Leaving Certificate Examination (including Day School Certificate (Higher) General paper), 1935
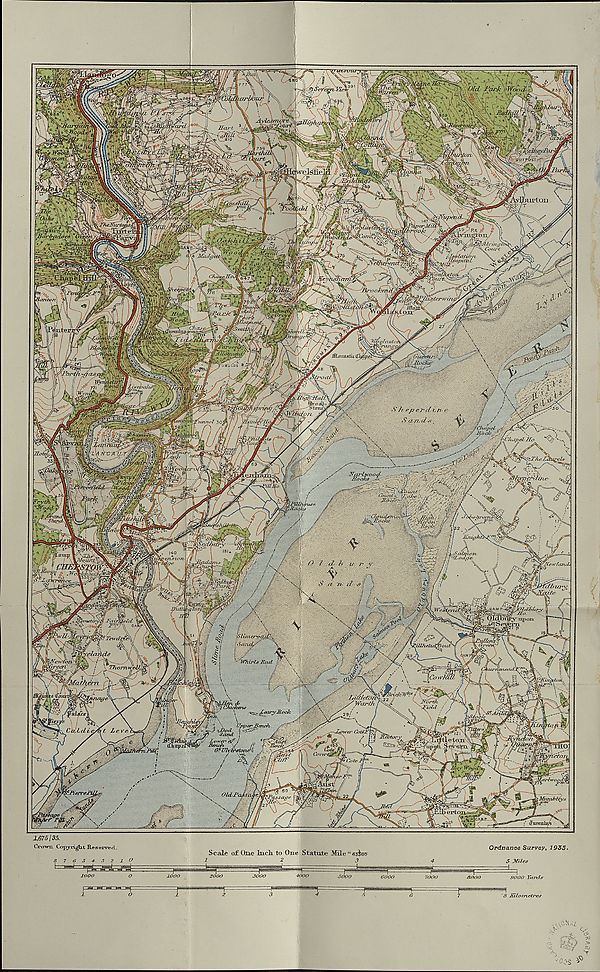
HIGHER GEOG.
(MAP.)
LEAVING CERTIFICATE EXAMINATION, 1935.
SOXB^TOJE
lIiailK It Gtt^.AJDE—
MAP
B’XLL THIS IN" BTRST
Name of School
Name of Pupil
TO BE PINNED INSIDE THE CANDIDATE’S BOOK OF ANSWERS
AND THUS SENT TO THE DEPARTMENT,
[OVER